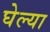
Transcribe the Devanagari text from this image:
घेल्या